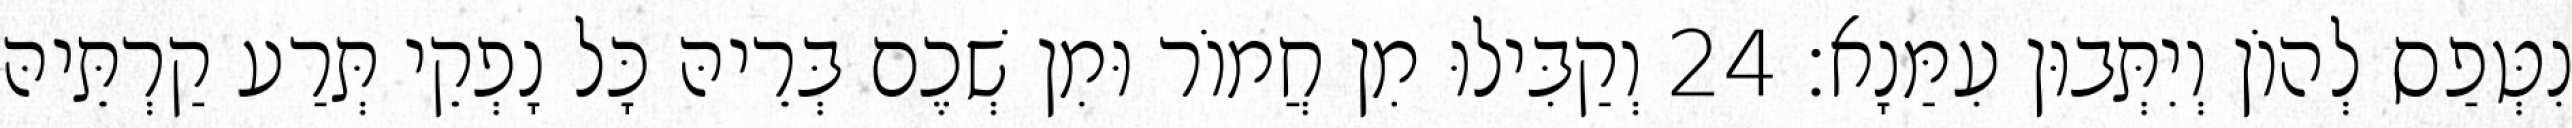
נִטְּפַס לְהוֹן וְיִתְּבוּן עִמַּנָא׃ 24 וְקַבִּילוּ מִן חֲמוֹר וּמִן שְׁכֶם בְּרֵיהּ כָּל נָפְקֵי תְּרַע קַרְתֵּיהּ